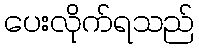
ပေးလိုက်ရသည်